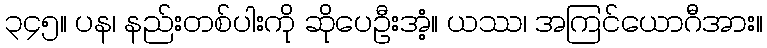
၃၄၅။ ပန၊ နည်းတစ်ပါးကို ဆိုပေဦးအံ့။ ယဿ၊ အကြင်ယောဂီအား။